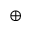
\oplus